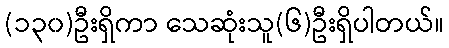
(၁၃၀)ဦးရှိကာ သေဆုံးသူ(၆)ဦးရှိပါတယ်။